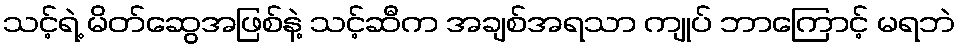
သင့်ရဲ့ မိတ်ဆွေအဖြစ်နဲ့ သင့်ဆီက အချစ်အရသာ ကျုပ် ဘာကြောင့် မရဘဲ